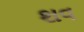
શવ